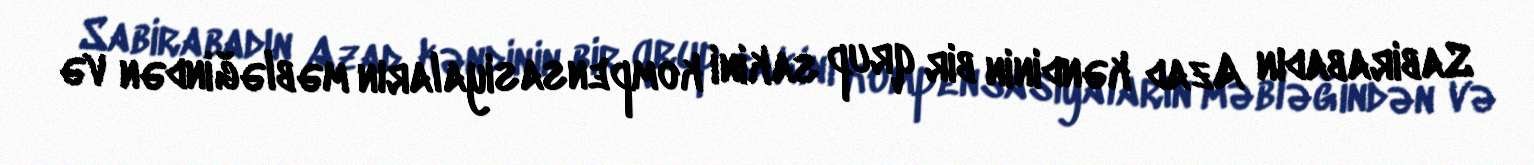
Sabirabadın Azad kəndinin bir qrup sakini kompensasiyaların məbləğindən və